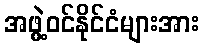
အဖွဲ့ဝင်နိုင်ငံများအား